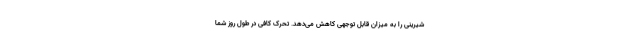
شیرینی را به میزان قابل‌ توجهی کاهش می‌دهد. تحرک کافی در طول روز شما